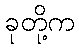
ခုတို့က